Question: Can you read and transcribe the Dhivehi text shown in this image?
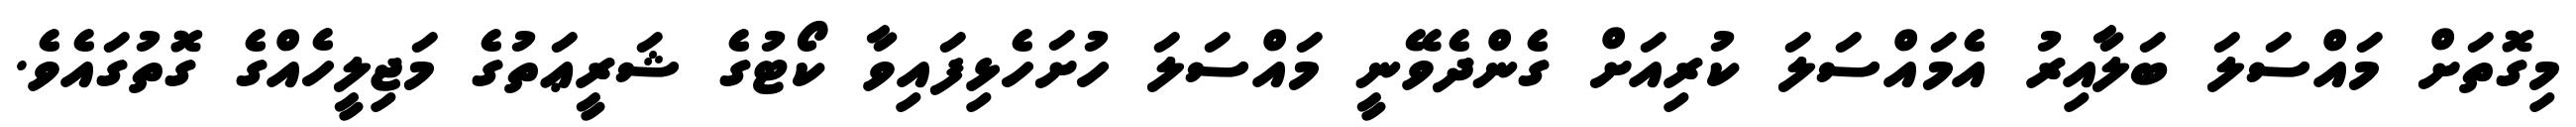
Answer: މިގޮތަށް މައްސަލަ ބަލާއިރު އެމައްސަލަ ކުރިއަށް ގެންދެވޭނީ މައްސަލަ ހުށަހެޅިފައިވާ ކޯޓުގެ ޝަރީޢަތުގެ މަޖިލީހެއްގެ ގޮތުގައެވެ.